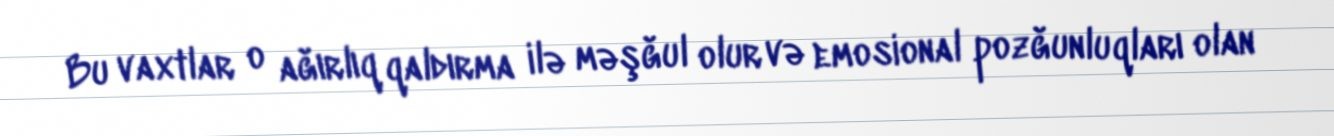
Bu vaxtlar o ağırlıq qaldırma ilə məşğul olur və emosional pozğunluqları olan